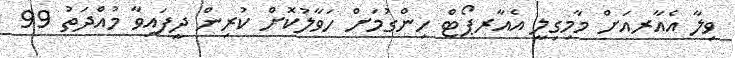
ވިލާ އެއާރއަށް މާމިގިލީ އެއާރޕޯޓް ހިންގުމަށް ހަވާލުކޮށް ކުރިން ދީފައިވާ މުއްދަތު 99